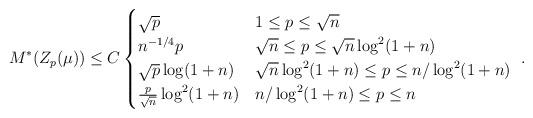
LaTeX: \begin{align*} M^*(Z_p(\mu)) \leq C \begin{cases} \sqrt{p} & 1 \leq p \leq \sqrt{n} \\ n^{-1/4} p & \sqrt{n} \leq p \leq \sqrt{n} \log^2(1+n) \\\sqrt{p} \log(1+n) & \sqrt{n} \log^2(1+n) \leq p \leq n / \log^2 (1+n) \\ \frac{p}{\sqrt{n}} \log^2(1+n) & n / \log^2 (1+n) \leq p \leq n \end{cases} ~.\end{align*}